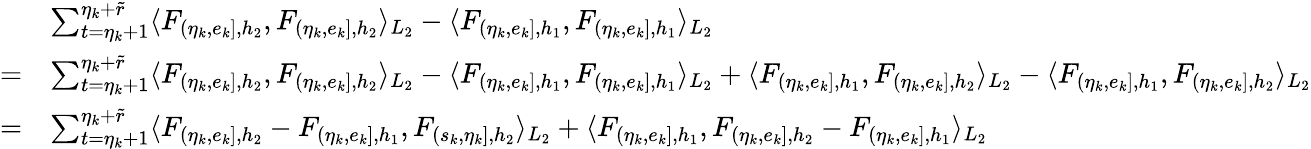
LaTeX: \begin{array}{rl}&{\sum_{t=\eta_{k}+1}^{\eta_{k}+\widetilde{r}}\langle F_{(\eta_{k},e_{k}],{h_{2}}},F_{(\eta_{k},e_{k}],{h_{2}}}\rangle_{L_{2}}-\langle F_{(\eta_{k},e_{k}],{h_{1}}},F_{(\eta_{k},e_{k}],{h_{1}}}\rangle_{L_{2}}}\\ {=}&{\sum_{t=\eta_{k}+1}^{\eta_{k}+\widetilde{r}}\langle F_{(\eta_{k},e_{k}],{h_{2}}},F_{(\eta_{k},e_{k}],{h_{2}}}\rangle_{L_{2}}-\langle F_{(\eta_{k},e_{k}],{h_{1}}},F_{(\eta_{k},e_{k}],{h_{1}}}\rangle_{L_{2}}+\langle F_{(\eta_{k},e_{k}],{h_{1}}},F_{(\eta_{k},e_{k}],{h_{2}}}\rangle_{L_{2}}-\langle F_{(\eta_{k},e_{k}],{h_{1}}},F_{(\eta_{k},e_{k}],{h_{2}}}\rangle_{L_{2}}}\\ {=}&{\sum_{t=\eta_{k}+1}^{\eta_{k}+\widetilde{r}}\langle F_{(\eta_{k},e_{k}],{h_{2}}}-F_{(\eta_{k},e_{k}],{h_{1}}},F_{(s_{k},\eta_{k}],{h_{2}}}\rangle_{L_{2}}+\langle F_{(\eta_{k},e_{k}],{h_{1}}},F_{(\eta_{k},e_{k}],{h_{2}}}-F_{(\eta_{k},e_{k}],{h_{1}}}\rangle_{L_{2}}}\end{array}